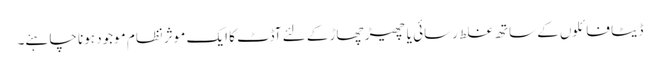
ڈیٹا فائلوں کے ساتھ غلط رسائی یا چھیڑ چھاڑ کے لئے آڈٹ کا ایک موثر نظام موجود ہونا چاہئے۔